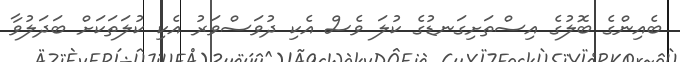
ބެއިންގެ ބޮލުގެ އިސްތަށިގަނޑުގެ ކުލަ ވެސް އެކި ދުވަސްވަރު އެކި ކުލަތަކަށް ބަދަލުވާ